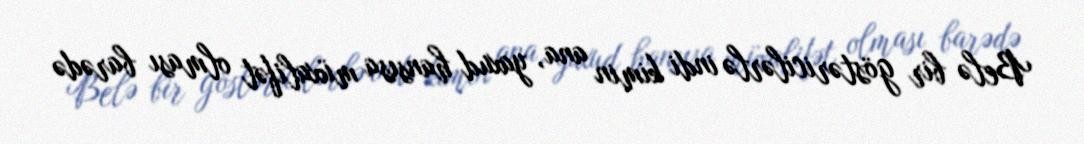
Belə bir göstəricilərlə indi kimin ana, yaxud hansısa müxalifət olması barədə